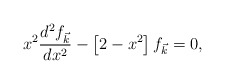
\begin{align*}x^2\frac{d^2f_{\vec{k}}}{dx^2}-\left[2-x^2\right]f_{\vec{k}}=0,\end{align*}